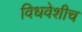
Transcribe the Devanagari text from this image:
विधवेशीच